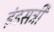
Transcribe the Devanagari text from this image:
इंडसट्री